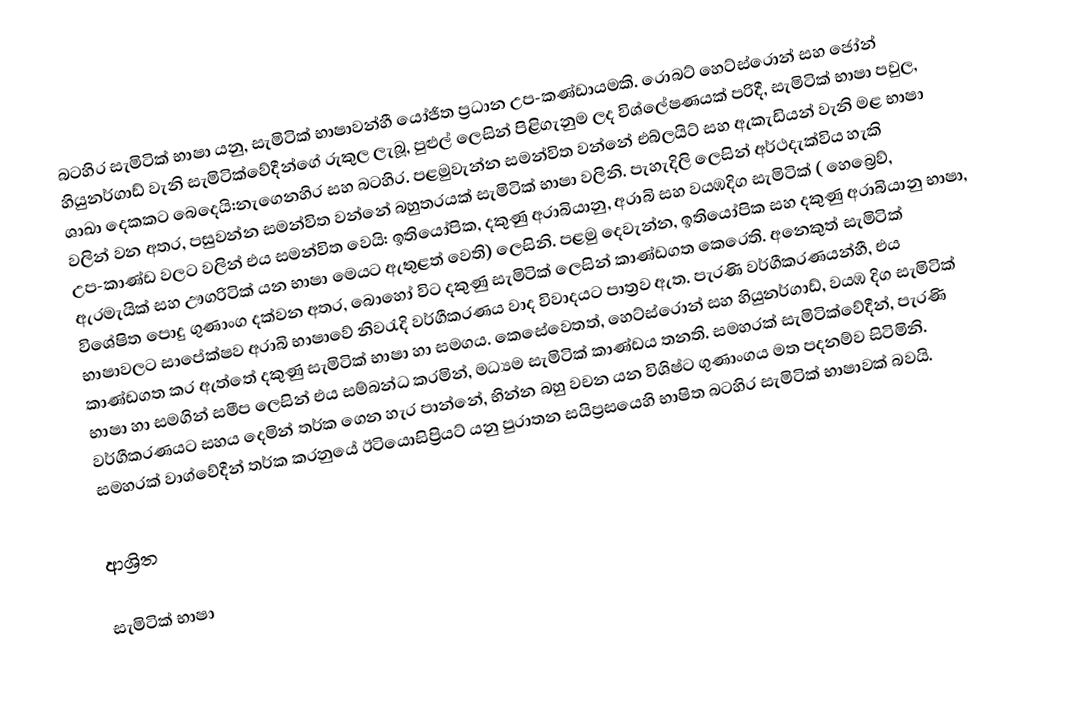
බටහිර සැමිටික් භාෂා යනු, සැමිටික් භාෂාවන්හී යෝජිත ප්‍රධාන උප-කණ්ඩායමකි. රොබට් හෙට්ස්රොන් සහ ජෝන් හියුනර්ගාඩ් වැනි සැමිටික්වේදීන්ගේ රුකුල ලැබූ, පුළුල් ලෙසින් පිළිගැනුම ලද විශ්ලේෂණයක් පරිදී, සැමිටික් භාෂා පවුල,  ශාඛා දෙකකට බෙදෙයි:නැගෙනහිර සහ බටහිර. පළමුවැන්න සමන්විත වන්නේ එබ්ලයිට් සහ ඇකැඩියන් වැනි මළ භාෂා වලින් වන අතර, පසුවන්න සමන්විත වන්නේ බහුතරයක් සැමිටික් භාෂා වලිනි. පැහැදිලි ලෙසින් අර්ථදැක්විය හැකි උප-කාණ්ඩ වලට වලින් එය සමන්විත වෙයි: ඉතියෝපික, දකුණු අරාබියානු, අරාබි සහ වයඹදිග සැමිටික් ( හෙබ්‍රෙව්, ඇරමැයික් සහ ඌගරිටික් යන භාෂා මෙයට ඇතුළත් වෙති) ලෙසිනි. පළමු දෙවැන්න, ඉතියෝපික සහ දකුණු අරාබියානු භාෂා, විශේෂිත පොදු ගුණාංග දක්වන අතර, බොහෝ විට  දකුණු සැමිටික්  ලෙසින් කාණ්ඩගත කෙරෙති. අනෙකුත් සැමිටික්  භාෂාවලට සාපේක්ෂව අරාබි භාෂාවේ නිවරැදි වර්ගීකරණය වාද විවාදයට පාත්‍රව ඇත. පැරණි වර්ගීකරණයන්හී, එය කාණ්ඩගත කර ඇත්තේ දකුණු සැමිටික්  භාෂා හා සමගය. කෙසේවෙතත්, හෙට්ස්රොන් සහ  හියුනර්ගාඩ්, වයඹ දිග සැමිටික්   භාෂා හා සමගින් සමීප ලෙසින් එය සම්බන්ධ කරමින්, මධ්‍යම සැමිටික්  කාණ්ඩය තනති. සමහරක් සැමිටික්වේදීන්, පැරණි වර්ගීකරණයට සහය දෙමින් තර්ක ගෙන හැර පාන්නේ,  භින්න බහු වචන යන විශිෂ්ට ගුණාංගය මත පදනම්ව සිටිමිනි. සමහරක් වාග්වේදීන් තර්ක කරනුයේ  ඊටියොසිප්‍රියට් යනු පුරාතන සයිප්‍රසයෙහි භාෂිත බටහිර සැමිටික්  භාෂාවක් බවයි.

ආශ්‍රිත

සැමිටික් භාෂා